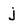
Character: j